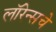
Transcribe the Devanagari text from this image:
लॉरेन्सचे